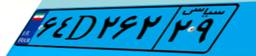
۰۹D۶۶۰۳۹